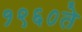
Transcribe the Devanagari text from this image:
१९६०ते